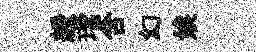
綬璫含幻娭